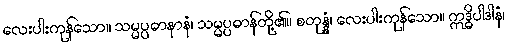
လေးပါးကုန်သော။ သမ္မပ္ပဓာနာနံ၊ သမ္မပ္ပဓာန်တို့၏။ စတုန္နံ၊ လေးပါးကုန်သော။ ဣဒ္ဓိပါဒါနံ၊